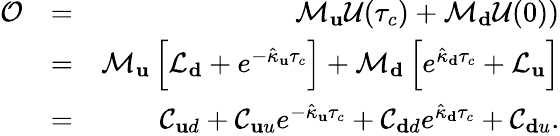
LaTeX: \begin{array}{rlr}{\mathcal{O}}&{=}&{\mathcal{M}_{\mathbf u}\mathcal{U}(\tau_{c})+\mathcal{M}_{\mathbf d}\mathcal{U}(0))}\\ &{=}&{\mathcal{M}_{\mathbf u}\left[\mathcal{L}_{\mathbf d}+e^{-\hat{\kappa}_{\mathbf u}\tau_{c}}\right]+\mathcal{M}_{\mathbf d}\left[e^{\hat{\kappa}_{\mathbf d}\tau_{c}}+\mathcal{L}_{\mathbf u}\right]}\\ &{=}&{\mathcal{C}_{\mathbf ud}+\mathcal{C}_{\mathbf uu}e^{-\hat{\kappa}_{\mathbf u}\tau_{c}}+\mathcal{C}_{\mathbf dd}e^{\hat{\kappa}_{\mathbf d}\tau_{c}}+\mathcal{C}_{\mathbf du}.}\end{array}